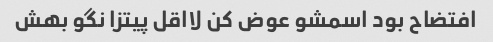
افتضاح بود اسمشو عوض کن لااقل پیتزا نگو بهش